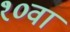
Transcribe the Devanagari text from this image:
१०वां